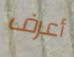
أعرف